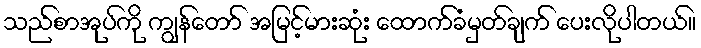
သည်စာအုပ်ကို ကျွန်တော် အမြင့်မားဆုံး ထောက်ခံမှတ်ချက် ပေးလိုပါတယ်။